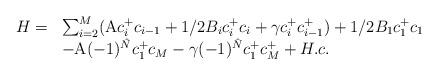
LaTeX: \begin{align*}\begin{array}{ll}H= & \sum_{i=2}^{M}(\mbox{\cal A}c^{+}_{i}c_{i-1}+1/2B_{i}c^{+}_{i}c_{i} +\gamma c^{+}_{i}c^{+}_{i-1}) +1/2B_{1}c^{+}_{1}c_{1}\\ & -\mbox{\cal A}(-1)^{\hat N}c^{+}_{1}c_{M} -\gamma (-1)^{\hat N}c^{+}_{1}c^{+}_{M} +H.c.\end{array}\end{align*}